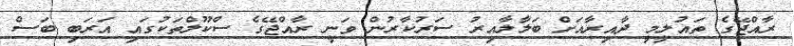
ރާއްޖޭގެ ތައުލީމީ ދާއިރާއަށް ބަލާލާއިރު ސަރުކާރުން ވަނީ ރާއްޖޭގެ ސްކޫލްތަކުގައި އަރަބި ބަސް